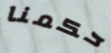
حكمنا